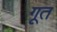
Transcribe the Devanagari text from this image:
गूत